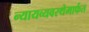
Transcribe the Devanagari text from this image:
न्यायव्यवस्थेमार्फत